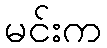
မင်းက